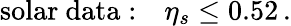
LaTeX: \mathrm{solar~data:}\quad\eta_{s}\leq 0.52\, .